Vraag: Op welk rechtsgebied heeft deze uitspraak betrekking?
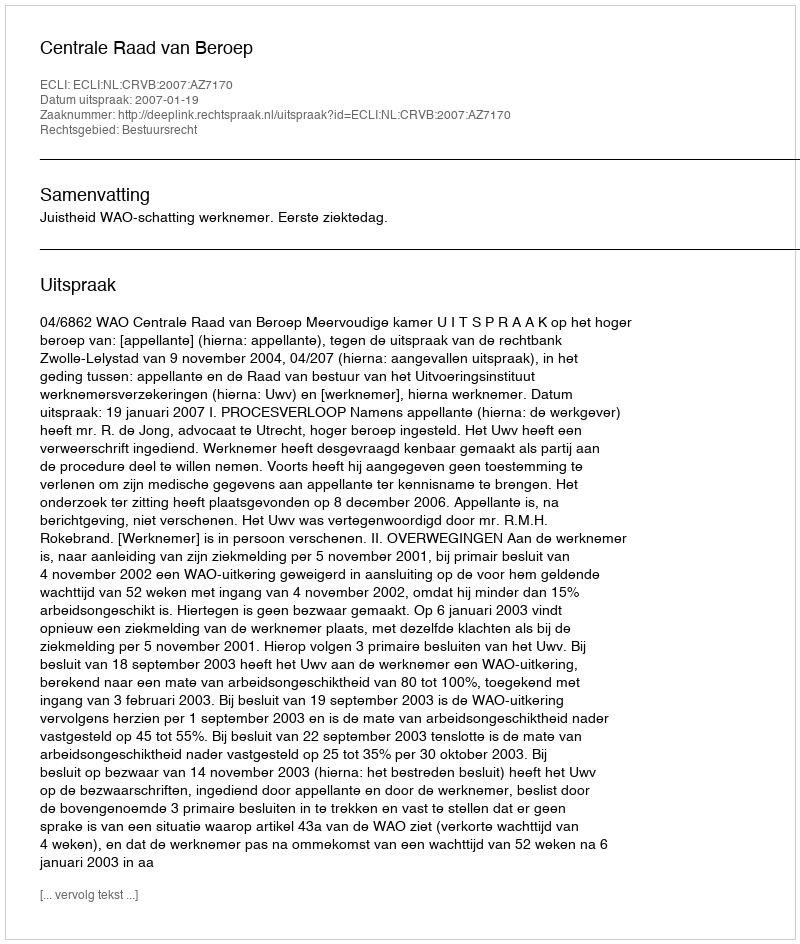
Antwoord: Bestuursrecht